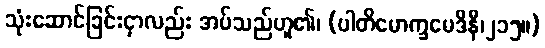
သုံးဆောင်ခြင်းငှာလည်း အပ်သည်ဟူ၏၊ (ပါတိမောက္ခမေဒိနီ၊၂၁၅။)